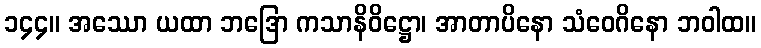
၁၄၄။ အဿော ယထာ ဘဒြော ကသာနိဝိဋ္ဌော၊ အာတာပိနော သံဝေဂိနော ဘဝါထ။